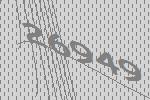
26949